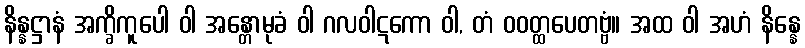
နိန္နဋ္ဌာနံ အက္ခိကူပေါ ဝါ အန္တောမုခံ ဝါ ဂလဝါဋကော ဝါ, တံ ဝဝတ္ထပေတဗ္ဗံ။ အထ ဝါ အဟံ နိန္နေ